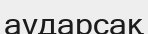
аударсақ